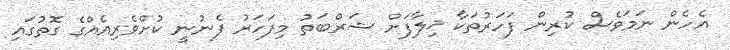
އެހެން ނަމަވެސް ކުރިން ފަހަރުތަކާ ޚިލާފަށް ޝަރްބަތު މިފަހަރު ފެނުނީ ކުށްވެރިއެއްގެ ގޮތުގައި